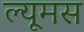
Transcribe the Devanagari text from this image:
ल्यूमस